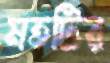
মতটির